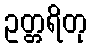
ဥတ္တရိတု